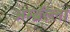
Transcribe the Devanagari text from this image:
अम्ब्रॅल्ला